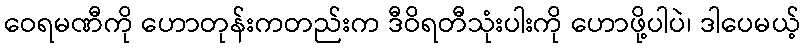
ဝေရမဏီကို ဟောတုန်းကတည်းက ဒီဝိရတီသုံးပါးကို ဟောဖို့ပါပဲ၊ ဒါပေမယ့်